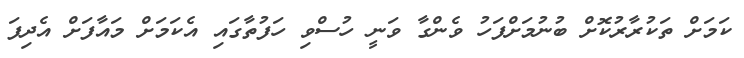
ކަމަށް ތަކުރާރުކޮށް ބުނުމަށްފަހު ވެންގާ ވަނީ ހުސްވި ހަފުތާގައި އެކަމަށް މައާފަށް އެދިފަ